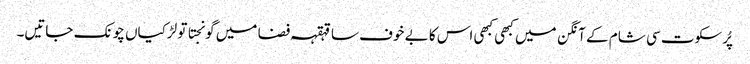
پُرسکوت سی شام کے آنگن میں کبھی کبھی اس کا بے خوف سا قہقہہ فضا میں گونجتا تو لڑکیاں چونک جاتیں۔